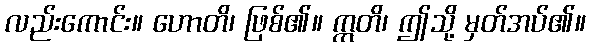
လည်းကောင်း။ ဟောတိ၊ ဖြစ်၏။ ဣတိ၊ ဤသို့ မှတ်အပ်၏။